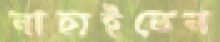
নাহাইতেন